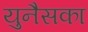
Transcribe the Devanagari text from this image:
युनैसका